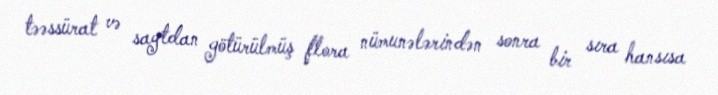
təəssürat və saytdan götürülmüş flora nümunələrindən sonra bir sıra hansısa